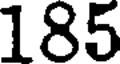
185